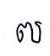
៧